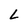
Character: L